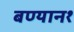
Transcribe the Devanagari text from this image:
बण्यान१